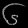
Digit: ၆